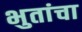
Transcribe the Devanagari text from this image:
भुतांचा